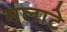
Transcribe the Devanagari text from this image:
मलाटे